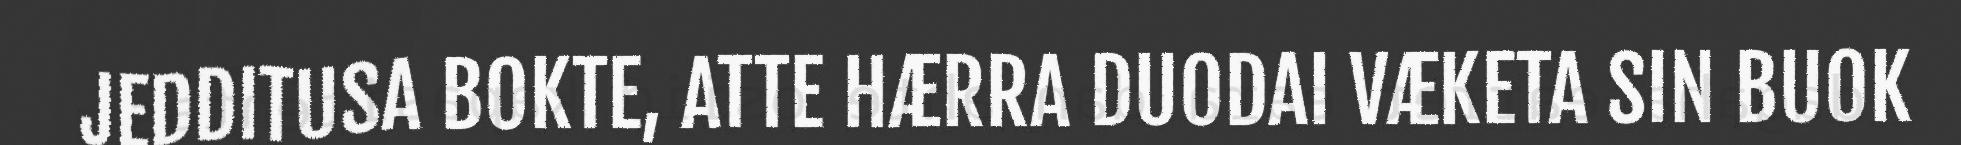
JEDDITUSA BOKTE, ATTE HÆRRA DUODAI VÆKETA SIN BUOK